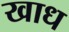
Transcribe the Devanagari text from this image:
खाध